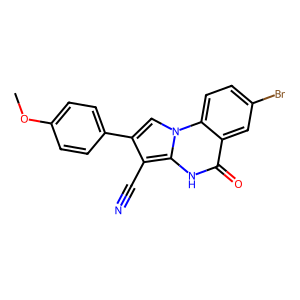
SMILES: COc1ccc(-c2cn3c([nH]c(=O)c4cc(Br)ccc43)c2C#N)cc1
Inhibits HIV replication: No